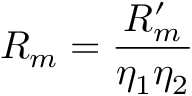
R _ { m } = \frac { R _ { m } ^ { \prime } } { \eta _ { 1 } \eta _ { 2 } }